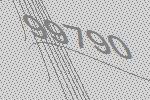
99790